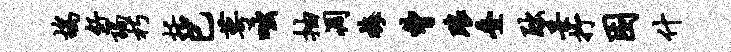
鸪舒谒朽括已萼咄抽凋梅曹琅叠黜妥抒困什